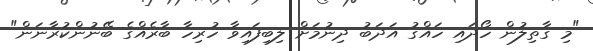
"މި ގާތިލުން ހޯދައި ހައްގު އަދަބު ދިނުމަށް ލިބިފައިވާ ހުރިހާ ބާރެއްގެ ބޭނުންކުރާނަން"